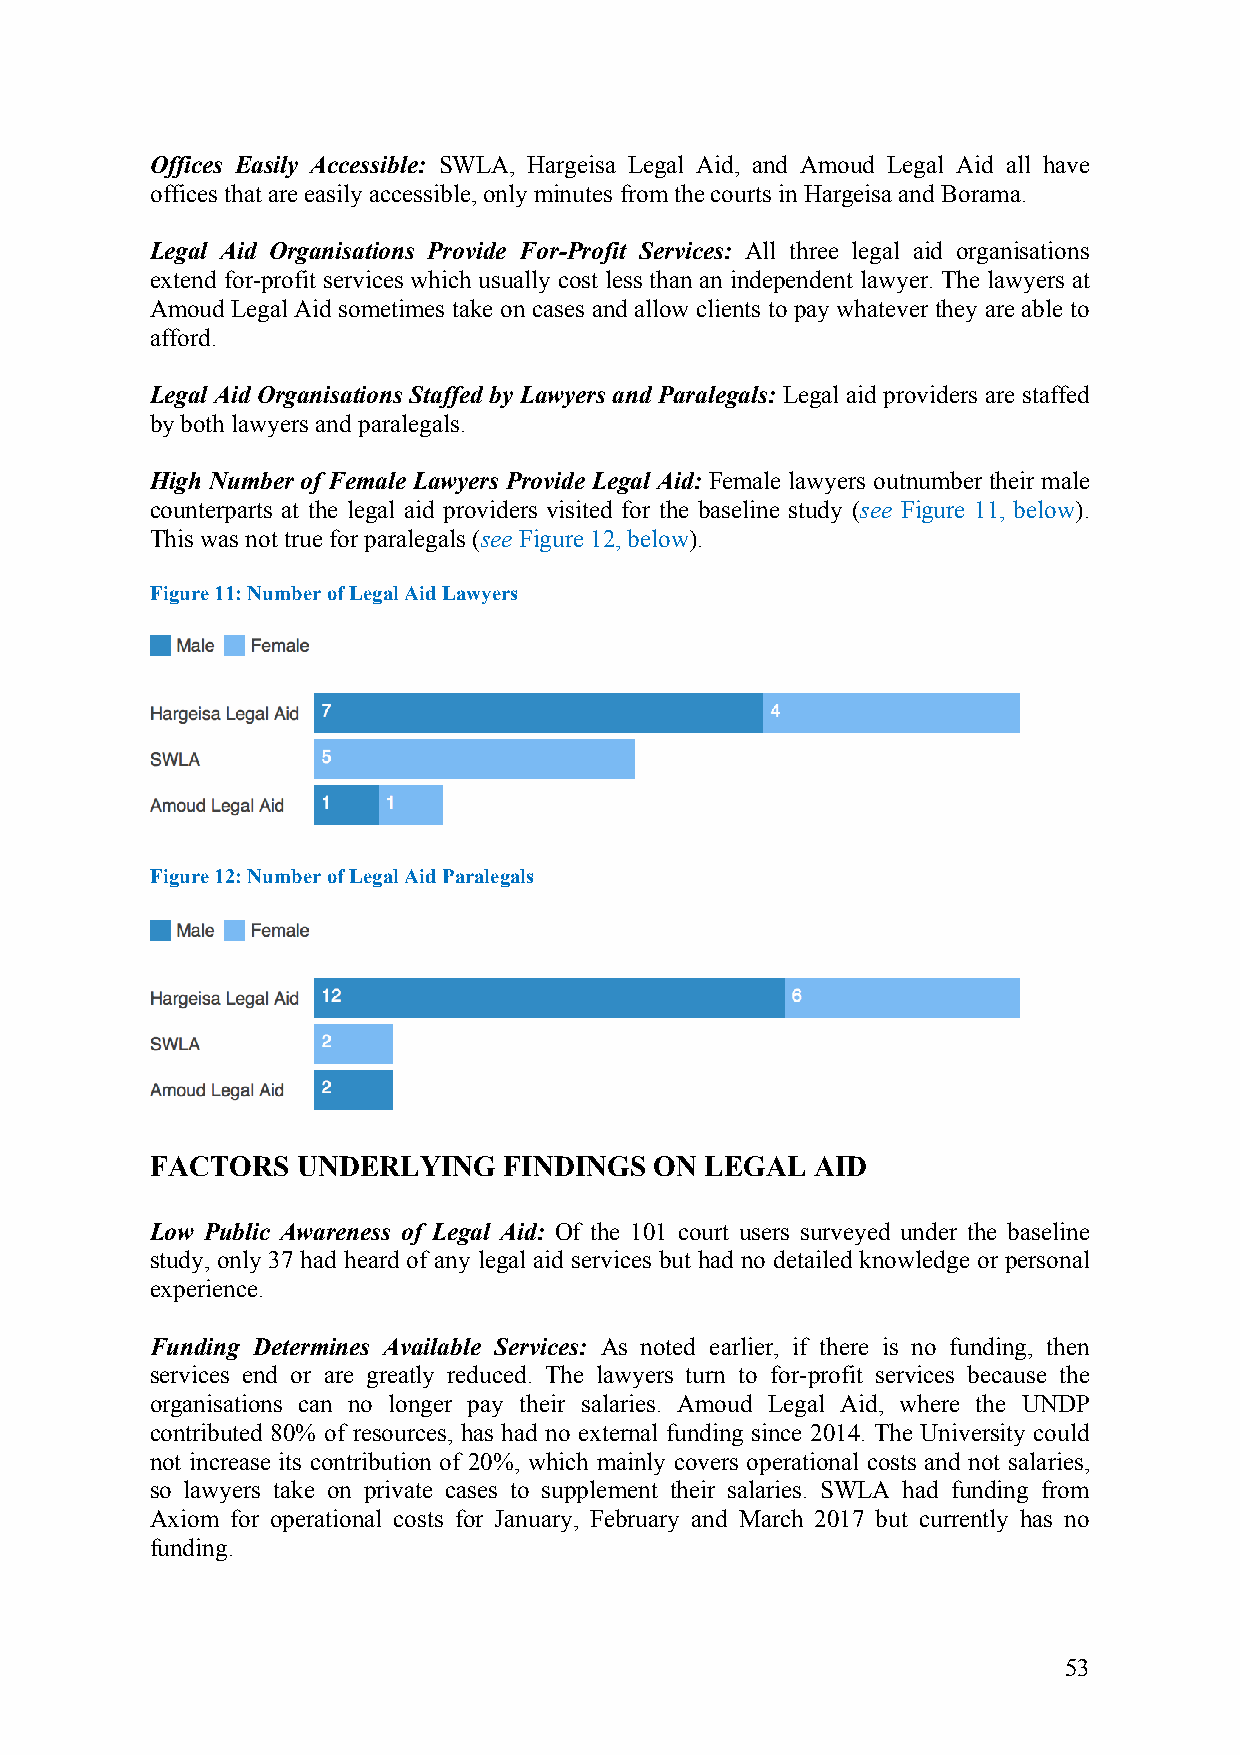
Offices Easily Accessible: SWLA, Hargeisa Legal Aid, and Amoud Legal Aid all have
 offices that are easily accessible, only minutes from the courts in Hargeisa and Borama.
 Legal Aid Organisations Provide For-Profit Services: All three legal aid organisations
 extend for-profit services which usually cost less than an independent lawyer. The lawyers at
 Amoud Legal Aid sometimes take on cases and allow clients to pay whatever they are able to
 afford.
 Legal Aid Organisations Staffed by Lawyers and Paralegals: Legal aid providers are staffed
 by both lawyers and paralegals.
 High Number of Female Lawyers Provide Legal Aid: Female lawyers outnumber their male
 counterparts at the legal aid providers visited for the baseline study (see Figure 11, below).
 This was not true for paralegals (see Figure 12, below).
 Figure 11: Number of Legal Aid Lawyers
 Figure 12: Number of Legal Aid Paralegals
 FACTORS   UNDERLYING   FINDINGS  ON  LEGAL  AID
 Low Public Awareness of Legal Aid: Of the 101 court users surveyed under the baseline
 study, only 37 had heard of any legal aid services but had no detailed knowledge or personal
 experience.
 Funding Determines Available Services: As noted earlier, if there is no funding, then
 services end or are greatly reduced. The lawyers turn to for-profit services because the
 organisations can no longer pay their salaries. Amoud Legal Aid, where the UNDP
 contributed 80% of resources, has had no external funding since 2014. The University could
 not increase its contribution of 20%, which mainly covers operational costs and not salaries,
 so lawyers take on private cases to supplement their salaries. SWLA had funding from
 Axiom for operational costs for January, February and March 2017 but currently has no
 funding.
 53